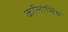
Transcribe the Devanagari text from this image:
कॉलोसिंथ